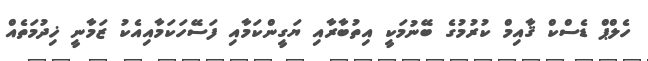
ހެލްޕް ޑެސްކް ޤާއިމް ކުރުމުގެ ބޭނުމަކީ އިތުބާރާއި ޔަގީންކަމާއި ފަސޭހަކަމާއިއެކު ޒަމާނީ ޚިދުމަތެއް